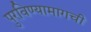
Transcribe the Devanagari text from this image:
पुरविण्यामागची